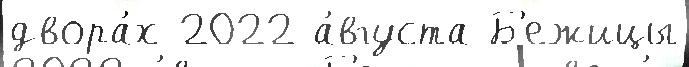
двора́х 2022 а́вгуста Б'ежицы